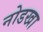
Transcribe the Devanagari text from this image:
नोडखा